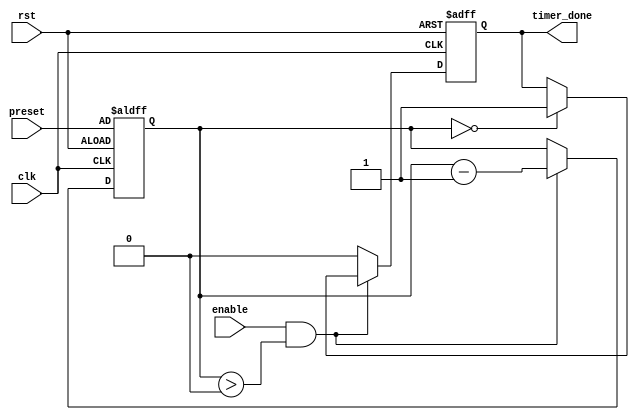
module Countdown_Timer (
    input wire clk,
    input wire rst,
    input wire enable,
    input wire [31:0] preset,
    output reg timer_done
);

reg [31:0] count;

always @(posedge clk or posedge rst) begin
    if (rst) begin
        count <= preset;
        timer_done <= 0;
    end
    else if (enable && count > 0) begin
        count <= count - 1;
        if (count == 0) begin
            timer_done <= 1;
        end
    end
    else begin
        timer_done <= 0;
    end
end

endmodule